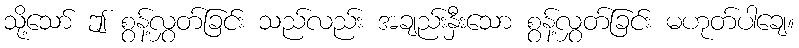
သို့သော် ဤ စွန့်လွှတ်ခြင်း သည်လည်း အချည်းနှီးသော စွန့်လွှတ်ခြင်း မဟုတ်ပါချေ။